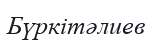
Бүркітәлиев